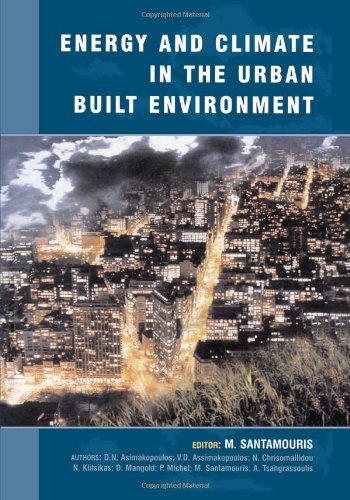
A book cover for Energy and Climate in the Urban Built Environment (BEST (Buildings Energy and Solar Technology)); Crafts, Hobbies & Home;